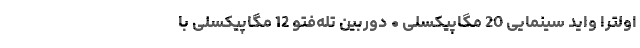
اولترا واید سینمایی 20 مگاپیکسلی • دوربین تله‌فتو 12 مگاپیکسلی با